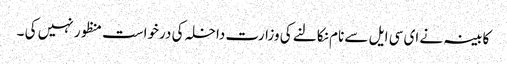
کابینہ نے ای سی ایل سے نام نکالنے کی وزارت داخلہ کی درخواست منظور نہیں کی ۔